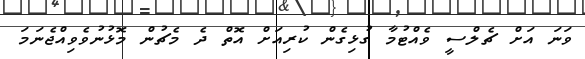
ވަނަ އަށް ޗެލްސީ ވެއްޓުމާ ގުޅިގެން ކުރިއަށް އޮތް ދެ މެޗުން މޮޅުނުވެވިއްޖެނަމަ